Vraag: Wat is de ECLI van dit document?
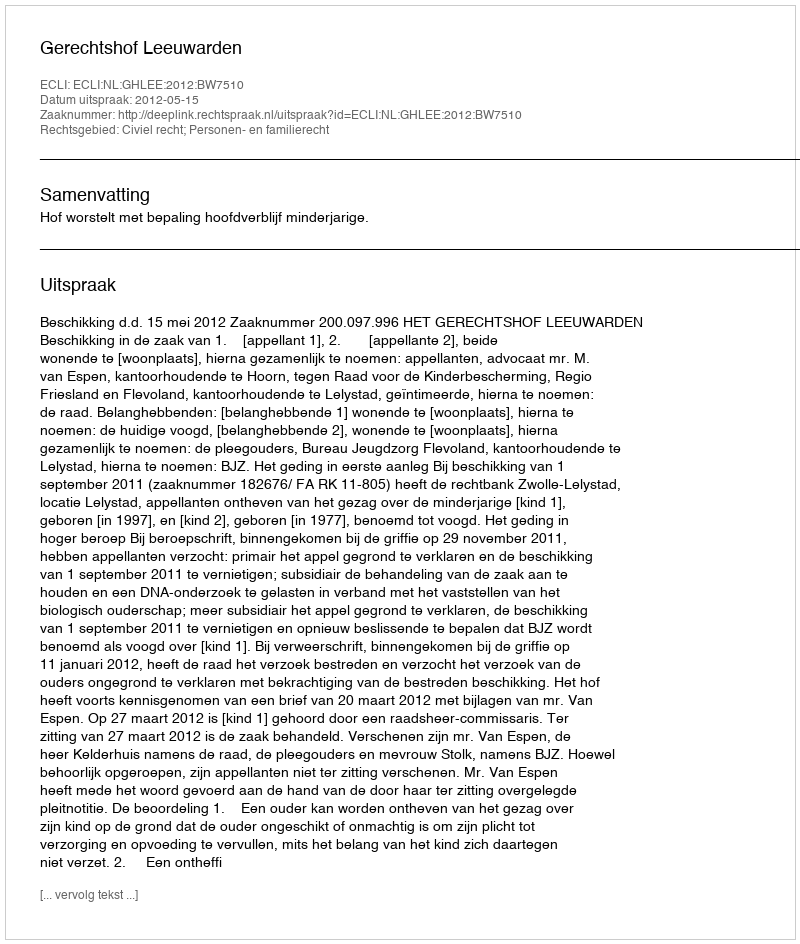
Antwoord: ECLI:NL:GHLEE:2012:BW7510